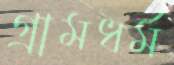
গ্রামধর্ম